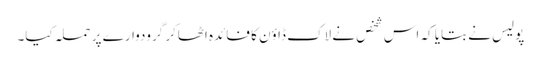
پولیس نے بتایا کہ اس شخص نے لاک ڈاؤن کا فائدہ اٹھاکر گرودوارے پر حملہ کیا۔